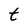
Character: t